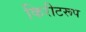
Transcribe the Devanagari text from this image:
किरीटरूप